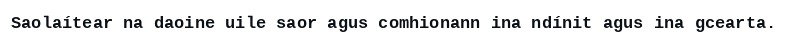
Saolaítear na daoine uile saor agus comhionann ina ndínit agus ina gcearta.